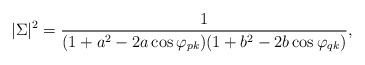
\begin{align*}|\Sigma|^2 = {1\over (1+a^2-2a\cos\varphi_{pk})(1+b^2-2b\cos\varphi_{qk})},\end{align*}